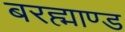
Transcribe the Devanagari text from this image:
बरह्माण्ड